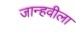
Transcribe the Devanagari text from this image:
जान्हवीला